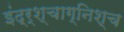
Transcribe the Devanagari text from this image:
इंद्र्श्चाग्निश्च